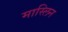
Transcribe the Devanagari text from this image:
मास्लिन